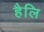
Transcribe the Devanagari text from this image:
हैलि